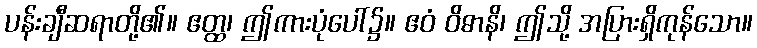
ပန်းချီဆရာတို့၏။ ဧတ္ထ၊ ဤကားပုံပေါ်၌။ ဧဝံ ဝိဓာနိ၊ ဤသို့ အပြားရှိကုန်သော။